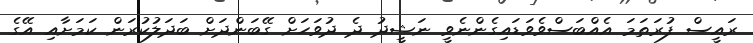
ރައީސް ފުރަތަމަ އެއްބަސްވެވަޑައިގެންނެވީ ނަޝީދު ދެ ދުވަަހަށް ގޭބަންދަށް ބަދަލުކުރަން ކަަމަށާއި އޭގެ